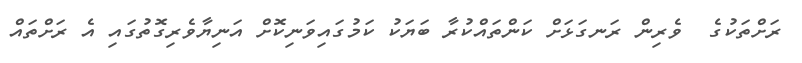
ރަށްތަކުގެ  ވެރިން ރަނގަޅަށް ކަންތައްކުރާ ބަޔަކު ކަމުގައިވަނިކޮށް އަނިޔާވެރިގޮތުގައި އެ ރަށްތައް